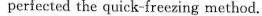
perfectedthe quick-freezing method.